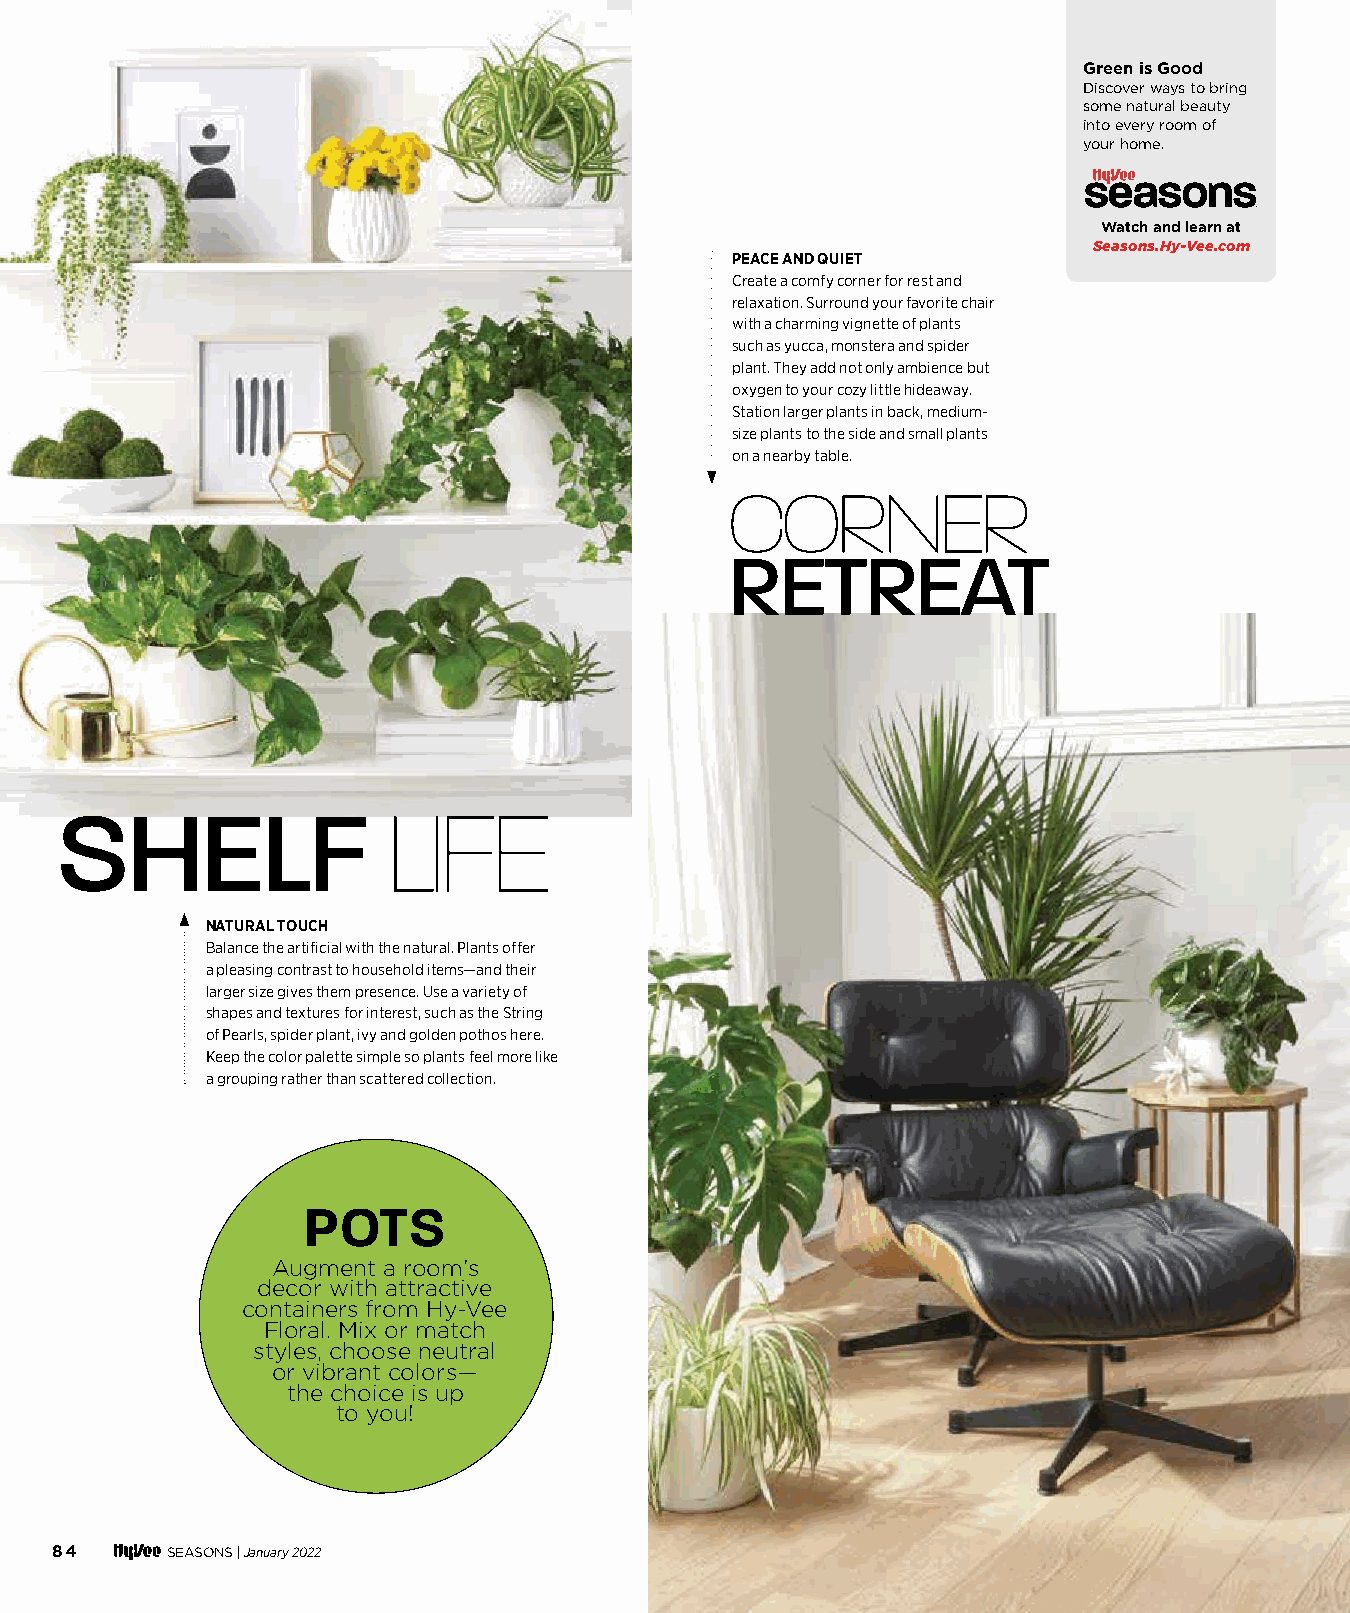
Green is Good
 Discover ways to bring
 some natural beauty
 into every room of
 your home.
 Watch and learn at
 Seasons.Hy-Vee.com
 PEACE AND QUIET
 Create a comfy corner for rest and
 relaxation. Surround your favorite chair
 with a charming vignette of plants
 such as yucca, monstera and spider
 plant. They add not only ambience but
 oxygen to your cozy little hideaway.
 Station larger plants in back, medium-
 size plants to the side and small plants
 on a nearby table.
 CCOORRNNEERR
 RETREAT
 SHELF                 LLIIFFEE
 NATURAL TOUCH
 Balance the artificial with the natural. Plants offer
 a pleasing contrast to household items—and their
 larger size gives them presence. Use a variety of
 shapes and textures for interest, such as the String
 of Pearls, spider plant, ivy and golden pothos here.
 Keep the color palette simple so plants feel more like
 a grouping rather than scattered collection.
 POTS
 Augment a room’s
 decor with attractive
 containers from Hy-Vee
 Floral. Mix or match
 styles, choose neutral
 or vibrant colors—
 the choice is up
 to you!
 84      SEASONS | January 2022
 008822--008855__RRoooomm ttoo GGrrooww__1111..2299..iinndddd 8844                1111//3300//2211 11::0044 PPMM